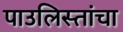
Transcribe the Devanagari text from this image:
पाउलिस्तांचा